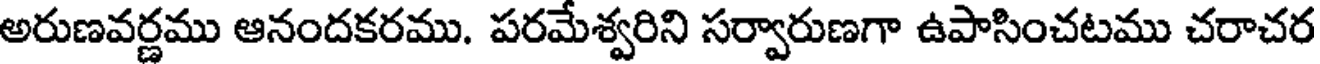
అరుణవర్ణము ఆనందకరము. పరమేశ్వరిని సర్వారుణగా ఉపాసించటము చరాచర